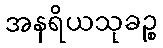
အနရိယသုခဉ္စ